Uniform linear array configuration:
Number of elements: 4
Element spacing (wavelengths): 0.25
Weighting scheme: blackman
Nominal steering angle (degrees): -15
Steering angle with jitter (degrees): -15.683
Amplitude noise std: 0.05
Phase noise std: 0.05

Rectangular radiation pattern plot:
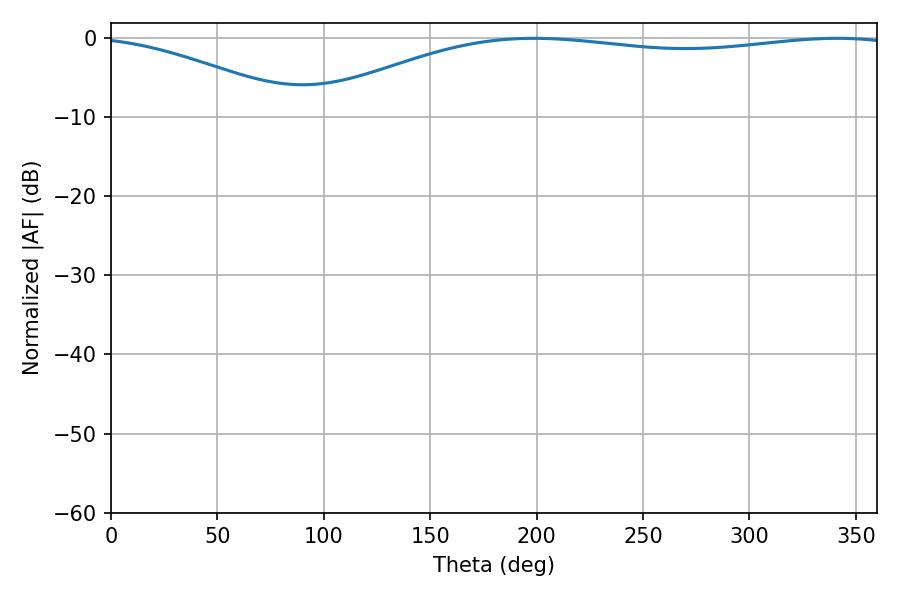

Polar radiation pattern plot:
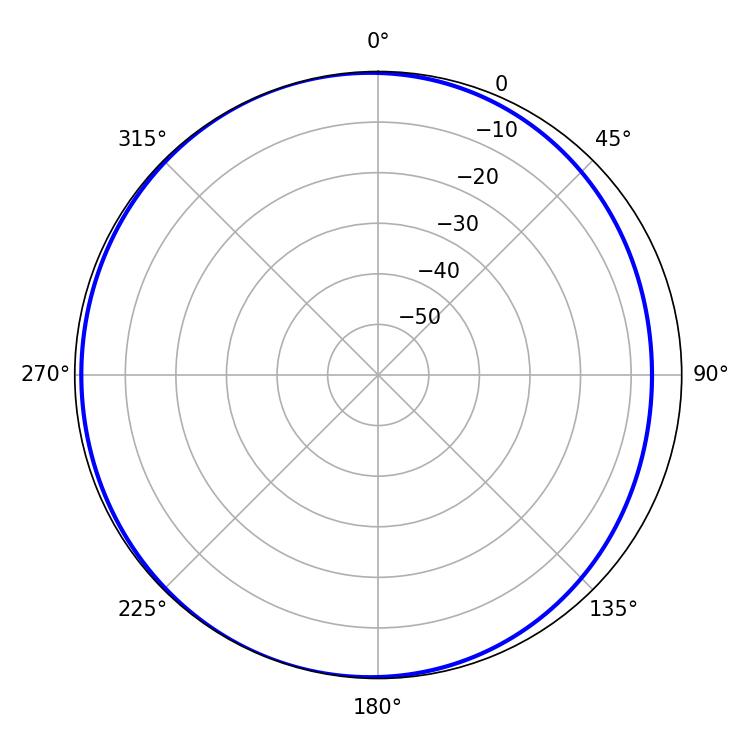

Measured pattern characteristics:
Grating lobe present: FALSE
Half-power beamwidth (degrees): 222.66
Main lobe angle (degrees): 341.28